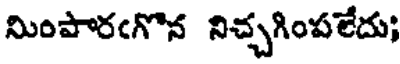
మింపారఁగొన నిచ్చగింపలేదు;